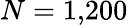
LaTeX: N=1{,}200